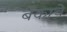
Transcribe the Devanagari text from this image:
बँकाचे